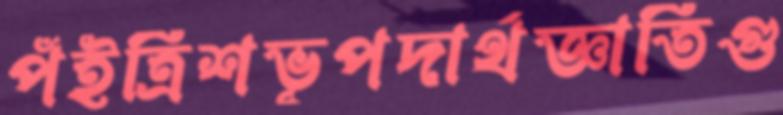
পঁইত্রিশভূপদার্থজ্ঞাতিগু